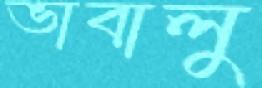
ভাবালু